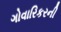
ગોવારિકરની